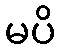
မပိ